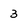
Character: 3